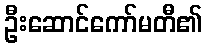
ဦးဆောင်ကော်မတီ၏